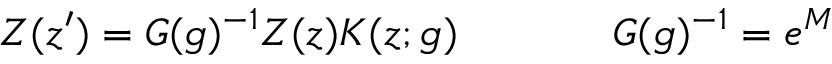
\begin{array} { c c } { { Z ( z ^ { \prime } ) = G ( g ) ^ { - 1 } Z ( z ) K ( z ; g ) ~ ~ ~ ~ } } & { { ~ ~ ~ ~ G ( g ) ^ { - 1 } = e ^ { M } } } \end{array}